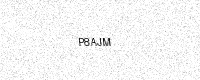
Text: P8AJM